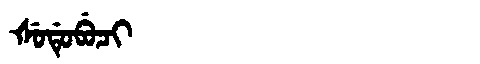
Manchu: ᡧᡠᡩᡠᠪᡠᠴᡳ
Romanization: ŠUDUBUCI